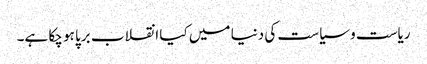
ریاست و سیاست کی دنیا میں کیا انقلاب برپا ہو چکا ہے۔